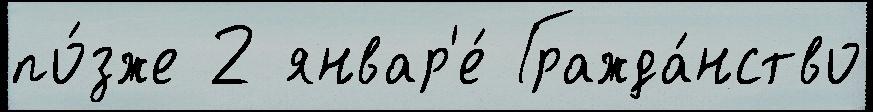
по́зже 2 январ'е́ Гражда́нство